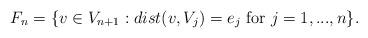
LaTeX: \begin{align*} F_n = \{ v \in V_{n+1} : dist(v,V_j)= e_j \hbox{ for } j=1,...,n\}. \end{align*}